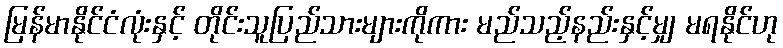
မြန်မာနိုင်ငံလုံးနှင့် တိုင်းသူပြည်သားများကိုကား မည်သည့်နည်းနှင့်မျှ မရနိုင်ဟု